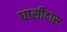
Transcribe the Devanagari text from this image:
धासीदास